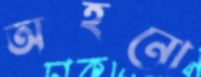
অহনো